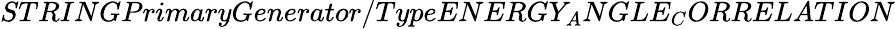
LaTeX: STRINGPrimaryGenerator/TypeENERGY_{A}NGLE_{C}ORRELATION